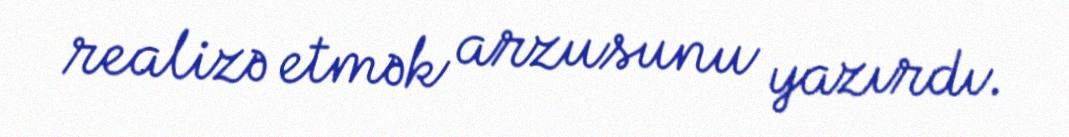
realizə etmək arzusunu yazırdı.